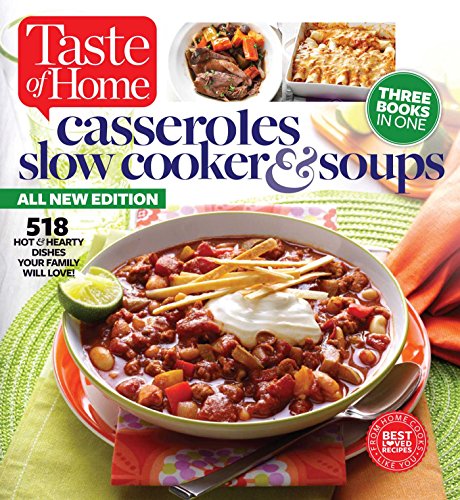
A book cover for Taste of Home Casseroles, Slow Cooker & Soups: 518 Hot & Hearty Dishes Your Family Will Love; Taste of Home Taste of Home; Cookbooks, Food & Wine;